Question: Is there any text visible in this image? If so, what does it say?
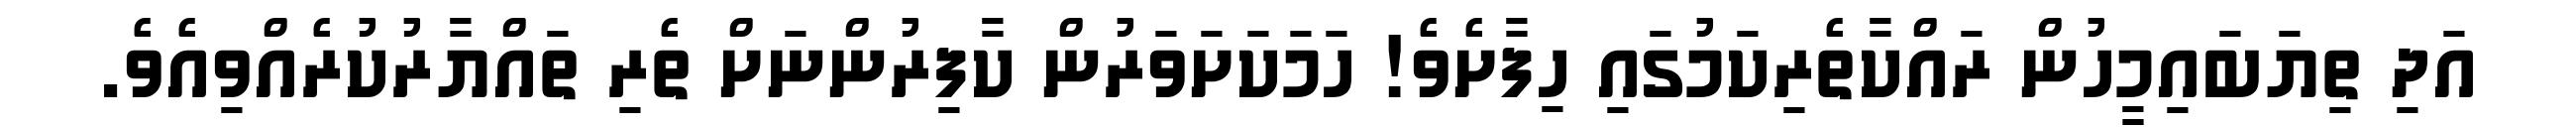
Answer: އަދި ތިޔަބައިމީހުން ރައްކާތެރިކަމުގައި ހިފާށެވެ! ހަމަކަށަވަރުން ކާފިރުންނަށް ތެރި ތައްޔާރުކުރެއްވިއެވެ.